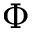
\Phi